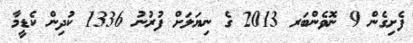
ފެށިގެން 9 ނޮވެންބަރ 2013 ގެ ނިޔަލަށް ފުރުނު 1336 ކުދިން ކެޑީމާ